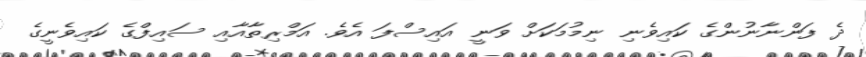
ދެ ފަންނާނުންގެ ކައިވެނި ނިމުމަކަށް ވަނީ އައިސްފަ އެވެ. އަމްރިތާއާއި ސައިފްގެ ކައިވެނީގެ